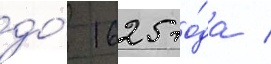
до́ 1625 го́да /